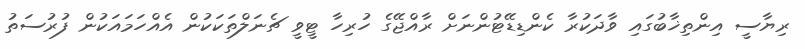
ރިޔާސީ އިންތިޚާބުގައި ވާދަކުރާ ކެންޑިޑޭޓުންނަށް ރާއްޖޭގެ ހުރިހާ ޓީވީ ޗެނަލްތަކަކުން އެއްހަމައަކުން ފުރުސަތު